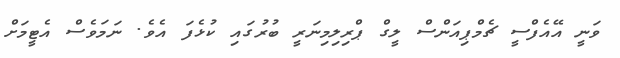
ވަނީ އޭއެފްސީ ޗެމްޕިއަންސް ލީގް ޕްރިލިމިނަރީ ބުރުގައި ކުޅެފަ އެވެ. ނަމަވެސް އެޓީމަށް